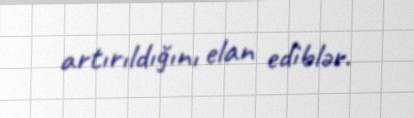
artırıldığını elan ediblər.